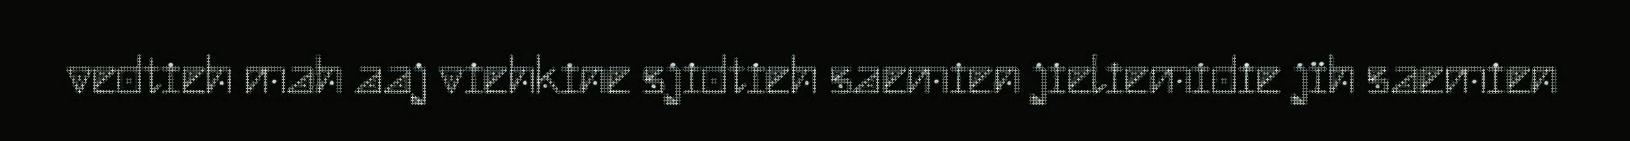
vedtieh mah aaj viehkine sjidtieh saemien jieliemidie jïh saemien